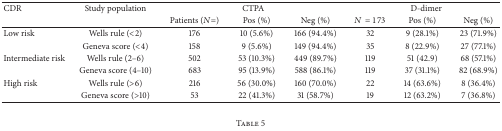
<table><thead><tr><td><b>CDR</b></td><td><b>Study population</b></td><td colspan="3"><b>CTPA</b></td><td colspan="3"><b>D-dimer</b></td></tr><tr><td><b> </b></td><td><b> </b></td><td><b>Patients (<i>N</i>=)</b></td><td><b>Pos (%)</b></td><td><b>Neg (%)</b></td><td><b><i>N</i> = 173</b></td><td><b>Pos (%)</b></td><td><b>Neg (%)</b></td></tr></thead><tbody><tr><td>Low risk</td><td>Wells rule (&lt;2)</td><td>176</td><td>10 (5.6%)</td><td>166 (94.4%)</td><td>32</td><td>9 (28.1%)</td><td>23 (71.9%)</td></tr><tr><td> </td><td>Geneva score (&lt;4)</td><td>158</td><td>9 (5.6%)</td><td>149 (94.4%)</td><td>35</td><td>8 (22.9%)</td><td>27 (77.1%)</td></tr><tr><td>Intermediate risk</td><td>Wells rule (2–6)</td><td>502</td><td>53 (10.3%)</td><td>449 (89.7%)</td><td>119</td><td>51 (42.9)</td><td>68 (57.1%)</td></tr><tr><td> </td><td>Geneva score (4–10)</td><td>683</td><td>95 (13.9%)</td><td>588 (86.1%)</td><td>119</td><td>37 (31.1%)</td><td>82 (68.9%)</td></tr><tr><td>High risk</td><td>Wells rule (&gt;6)</td><td>216</td><td>56 (30.0%)</td><td>160 (70.0%)</td><td>22</td><td>14 (63.6%)</td><td>8 (36.4%)</td></tr><tr><td> </td><td>Geneva score (&gt;10)</td><td>53</td><td>22 (41.3%)</td><td>31 (58.7%)</td><td>19</td><td>12 (63.2%)</td><td>7 (36.8%)</td></tr></tbody></table>